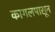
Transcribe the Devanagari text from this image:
कागलपासून